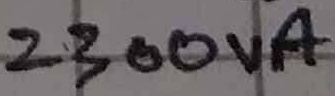
Text: 2300VA